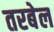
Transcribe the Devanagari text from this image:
तरबेल